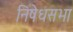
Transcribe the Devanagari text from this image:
निषेधसभा